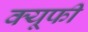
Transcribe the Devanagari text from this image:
क्यूफी